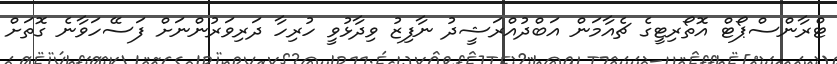
ޓްރާންސްޕޯޓް އޮތޯރިޓީގެ ޗެއާމަން އަބްދުއްރަޝީދު ނާފިޒު ވިދާޅުވީ ހުރިހާ ދަރިވަރުންނަށް ފަސޭހަވާނެ ގޮތަށް